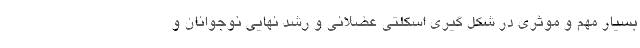
بسیار مهم و موثری در شکل گیری اسکلتی عضلانی و رشد نهایی نوجوانان و